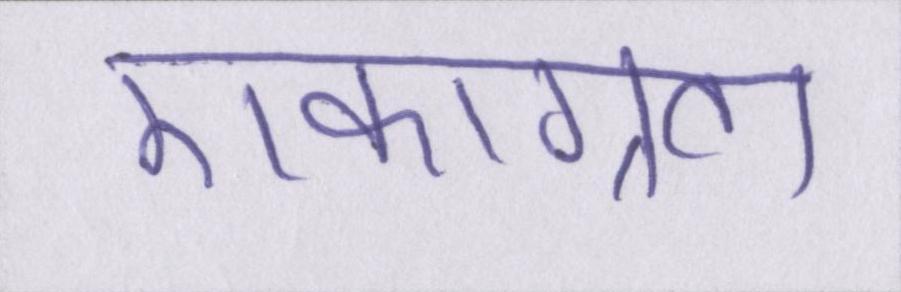
एकाग्रता